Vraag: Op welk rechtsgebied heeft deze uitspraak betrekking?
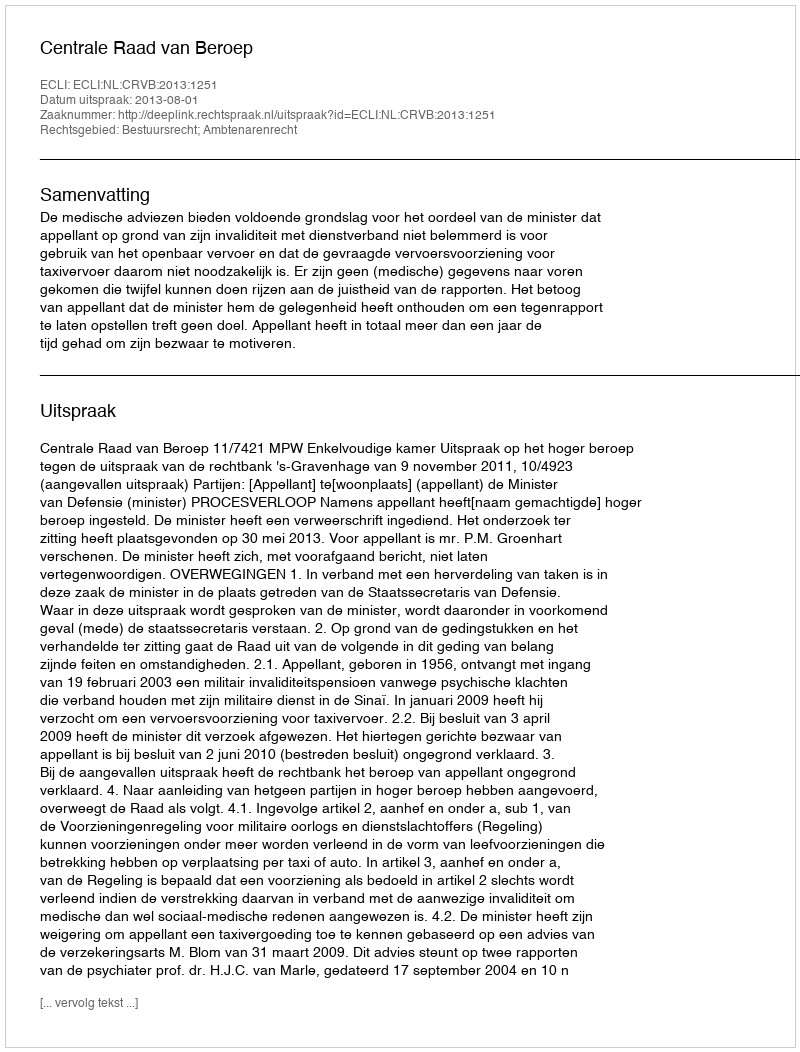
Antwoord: Bestuursrecht; Ambtenarenrecht